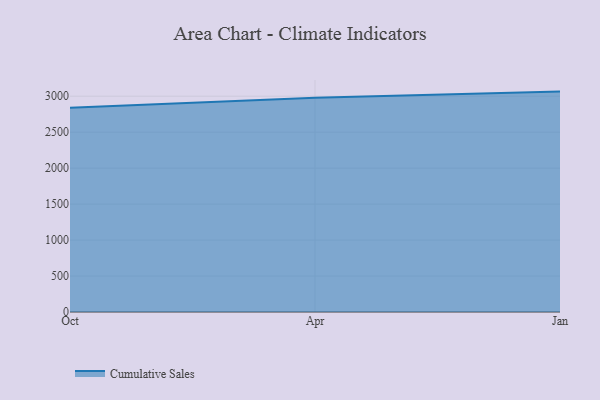
{"axis": {"x": "Month", "y": "Active Users"}, "legend": ["Cumulative Sales"], "data": [{"x": "Oct", "y": 2841.1, "type": "Cumulative Sales"}, {"x": "Apr", "y": 2980.4, "type": "Cumulative Sales"}, {"x": "Jan", "y": 3064.4, "type": "Cumulative Sales"}]}